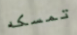
تمسكه